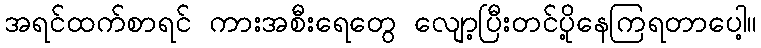
အရင်ထက်စာရင် ကားအစီးရေတွေ လျော့ပြီးတင်ပို့နေကြရတာပေါ့။